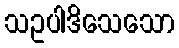
သဥပါဒိသေသော